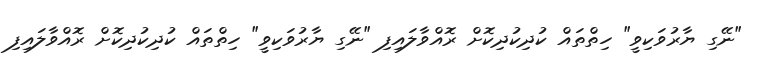
"ނޭގި ޔާރުވަކިވީ" ހިތްތައް ކުދިކުދިކޮށް ރޮއްވާލައިފި "ނޭގި ޔާރުވަކިވީ" ހިތްތައް ކުދިކުދިކޮށް ރޮއްވާލައިފި